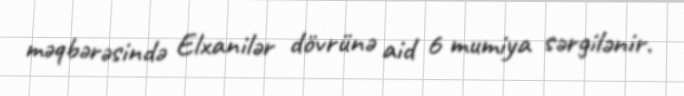
məqbərəsində Elxanilər dövrünə aid 6 mumiya sərgilənir.